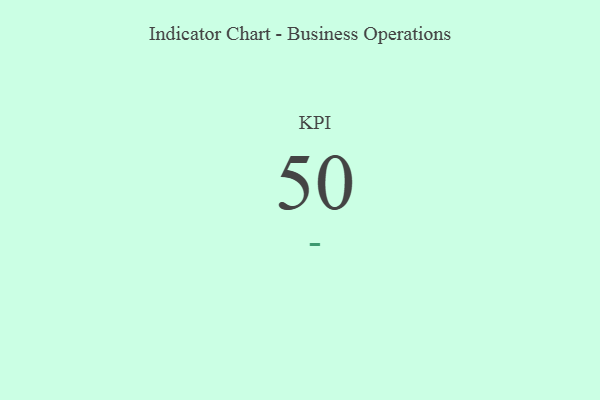
{"axis": {"x": "KPI", "y": "Value"}, "legend": [""], "data": [{"x": "KPI", "y": 50, "type": ""}]}